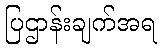
ပြဌာန်းချက်အရ